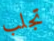
تجلب